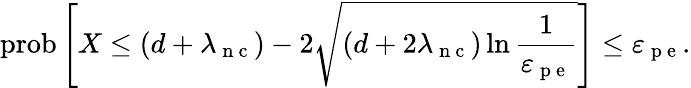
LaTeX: \mathrm{prob}\left[X\leq(d+\lambda_{\mathrm{~n~c~}})-2\sqrt{(d+2\lambda_{\mathrm{~n~c~}})\ln\frac{1}{\varepsilon_{\mathrm{~p~e~}}}}\right]\leq\varepsilon_{\mathrm{~p~e~}}.